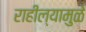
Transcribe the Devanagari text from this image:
राहील्यामुळे